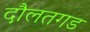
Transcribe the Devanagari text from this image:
दौलतगड